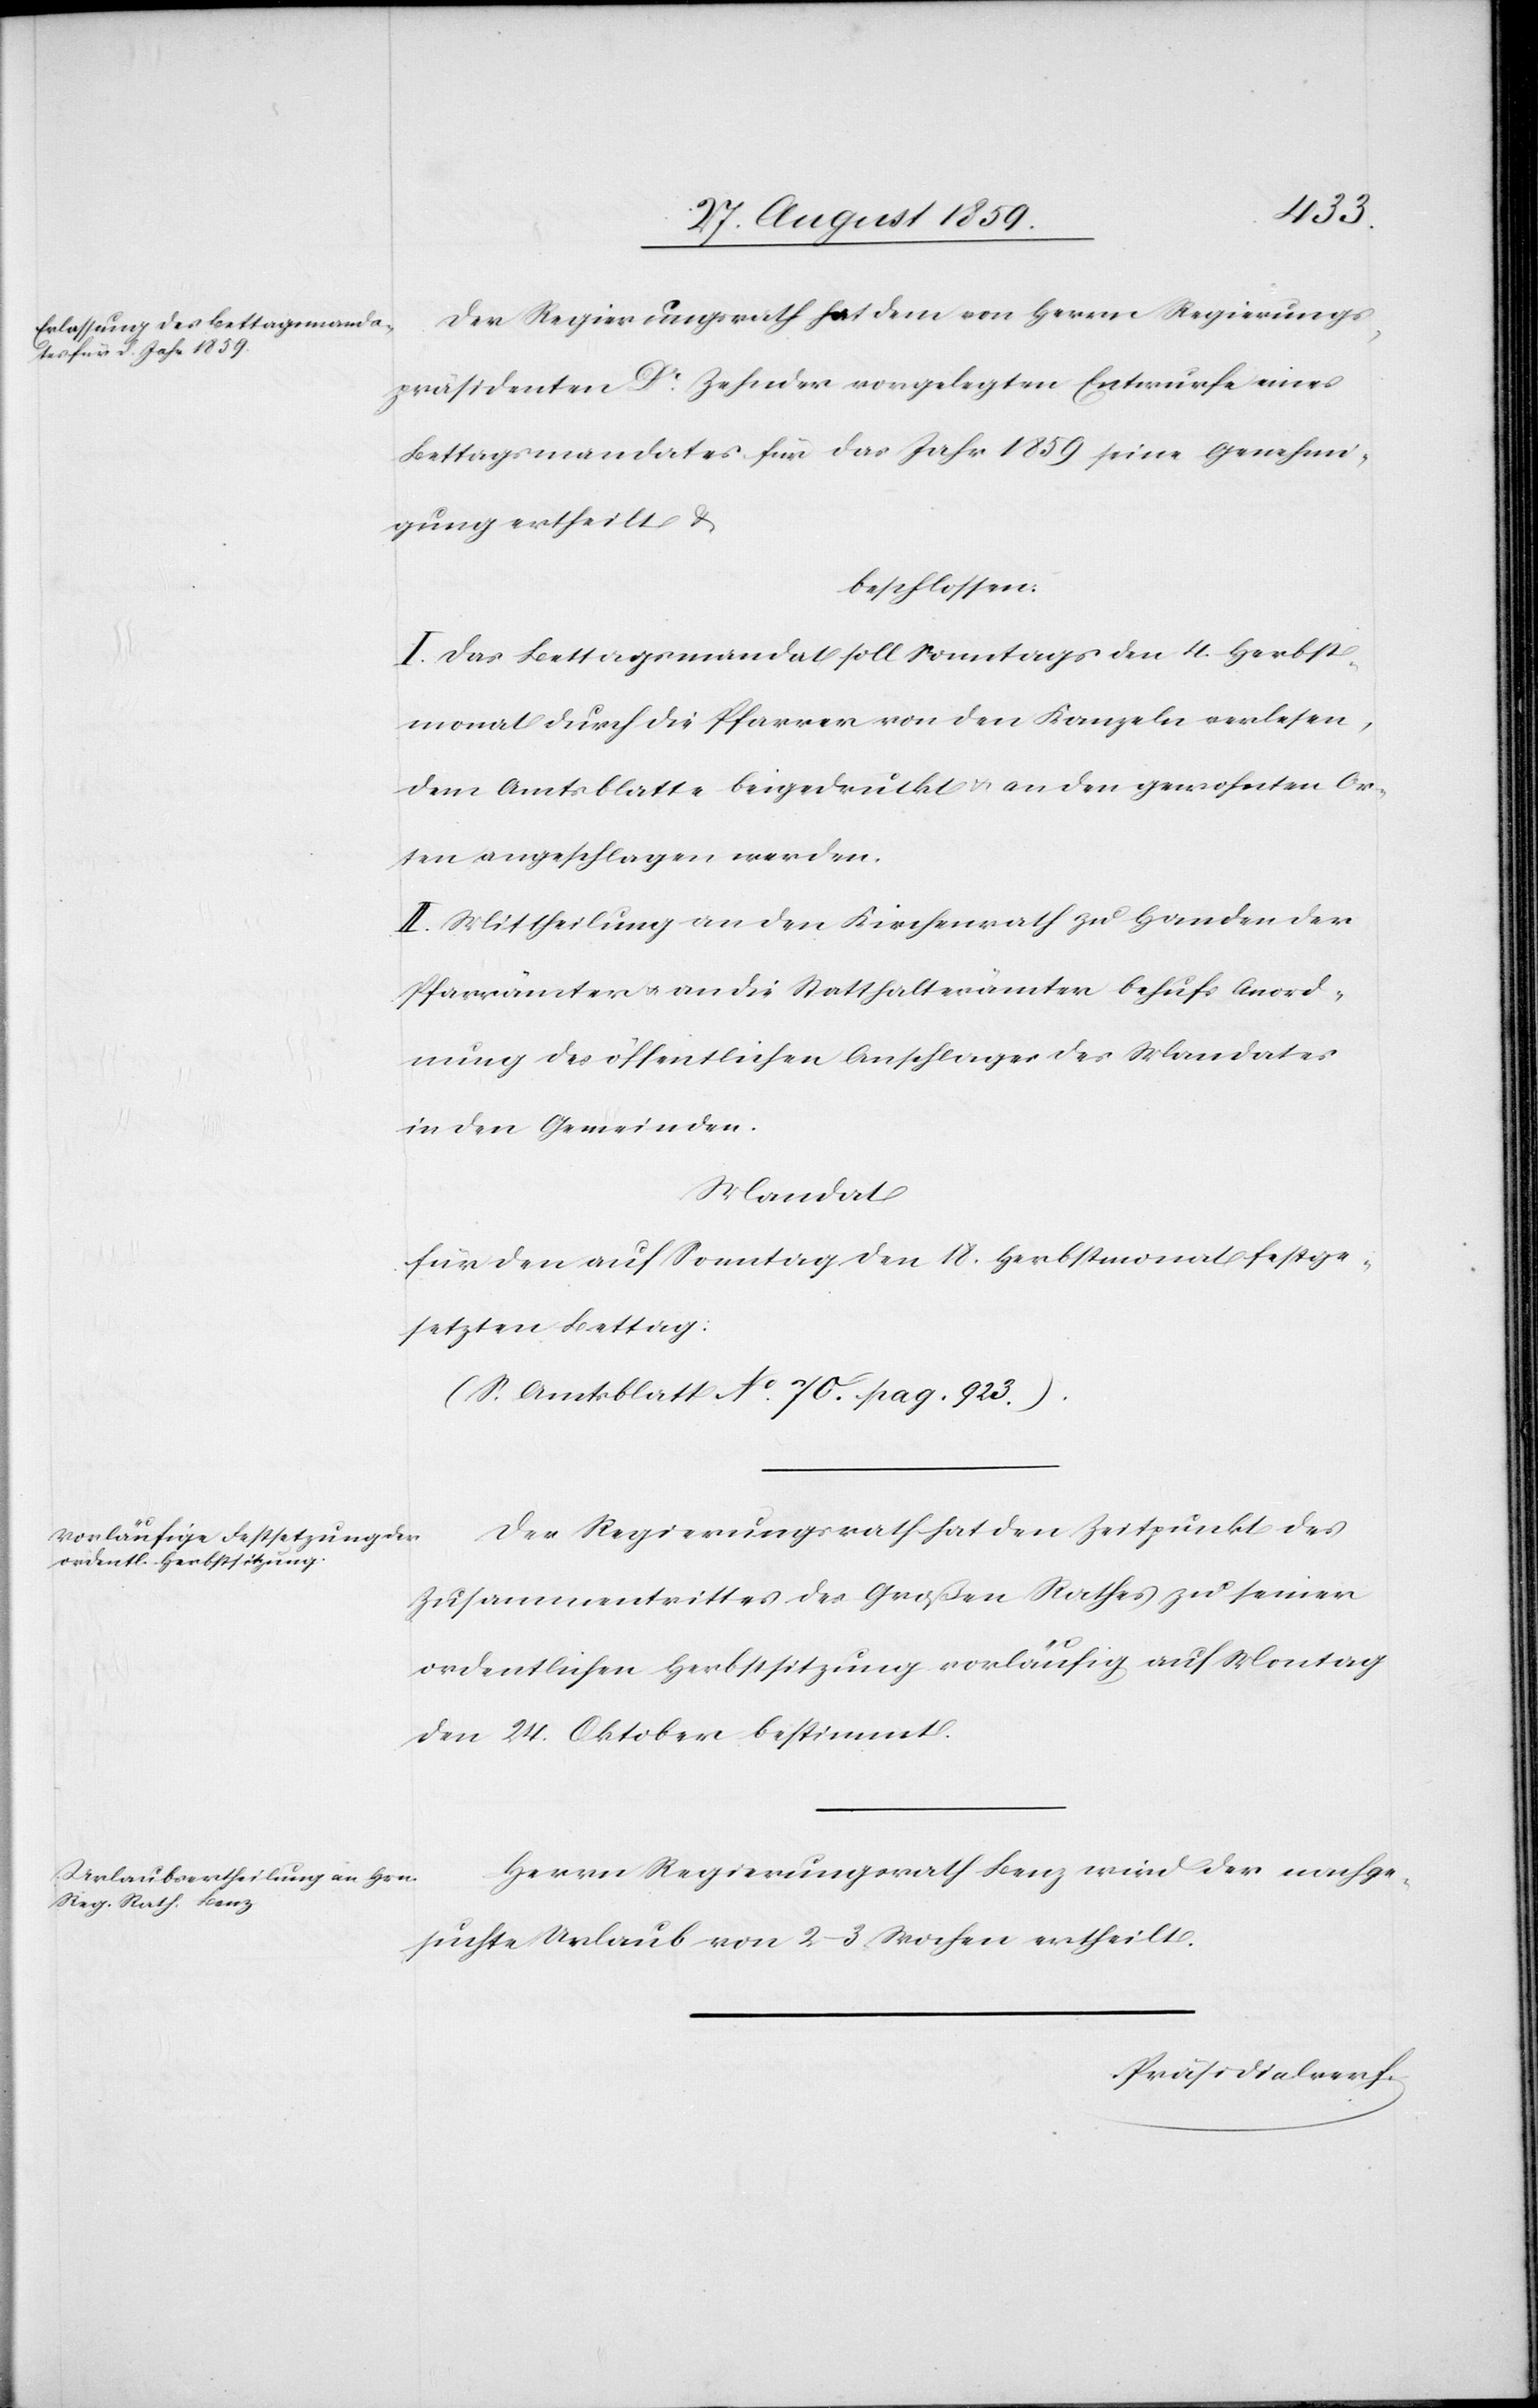
Der Regierungsrath hat dem von Herrn Regierungs¬
präsident Dr. Zehnder vorgelegten Entwurfe eines
Bettagsmandates für das Jahr 1859 seine Genehmi¬
gung ertheilt &
beschlossen:
I. Das Bettagsmandat soll Montags den 4. Herbst¬
monat durch die Pfarrer von den Kanzeln verlesen,
dem Amtsblatte beigedruckt & an den gewohnten Or¬
ten angeschlagen werden.
II. Mittheilung an den Kirchenrath zu Handen der
Pfarrämter & an Statthalterämter behufs Anord¬
nung des öffentlichen Anschlages des Mandates
in den Gemeinden.
Mandat
für den auf Sonntag den 18. Herbstmonat festge¬
setzten Bettag:
(S. Amtsblatt No. 70. pag. 923.)
Der Regierungsrath hat den Zeitpunkt des
Zusammentrittes des Großen Rathes zu seiner
ordentlichen Herbstsitzung vorläufig auf Montag
den 24. Oktober bestimmt.
Herrn Regierungsrath Benz wird der nachge¬
suchte Urlaub von 2–3 Wochen ertheilt.